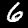
Digit: 6